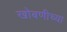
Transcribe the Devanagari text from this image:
खोबणीच्या